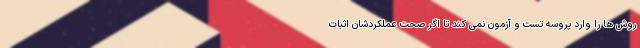
روش ها را وارد پروسه تست و آزمون نمی کند تا اگر صحت عملکردشان اثبات